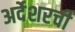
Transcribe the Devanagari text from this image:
अर्देशरची